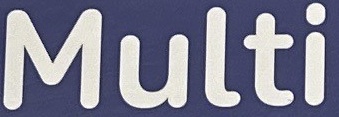
Multi